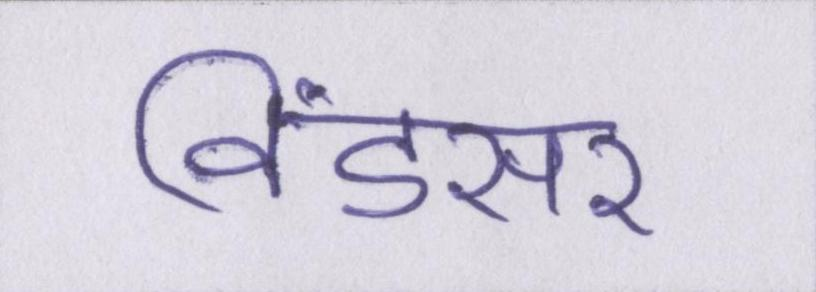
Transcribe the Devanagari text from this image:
विंडसर